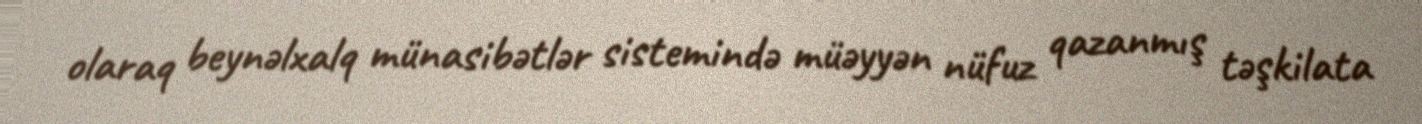
olaraq beynəlxalq münasibətlər sistemində müəyyən nüfuz qazanmış təşkilata